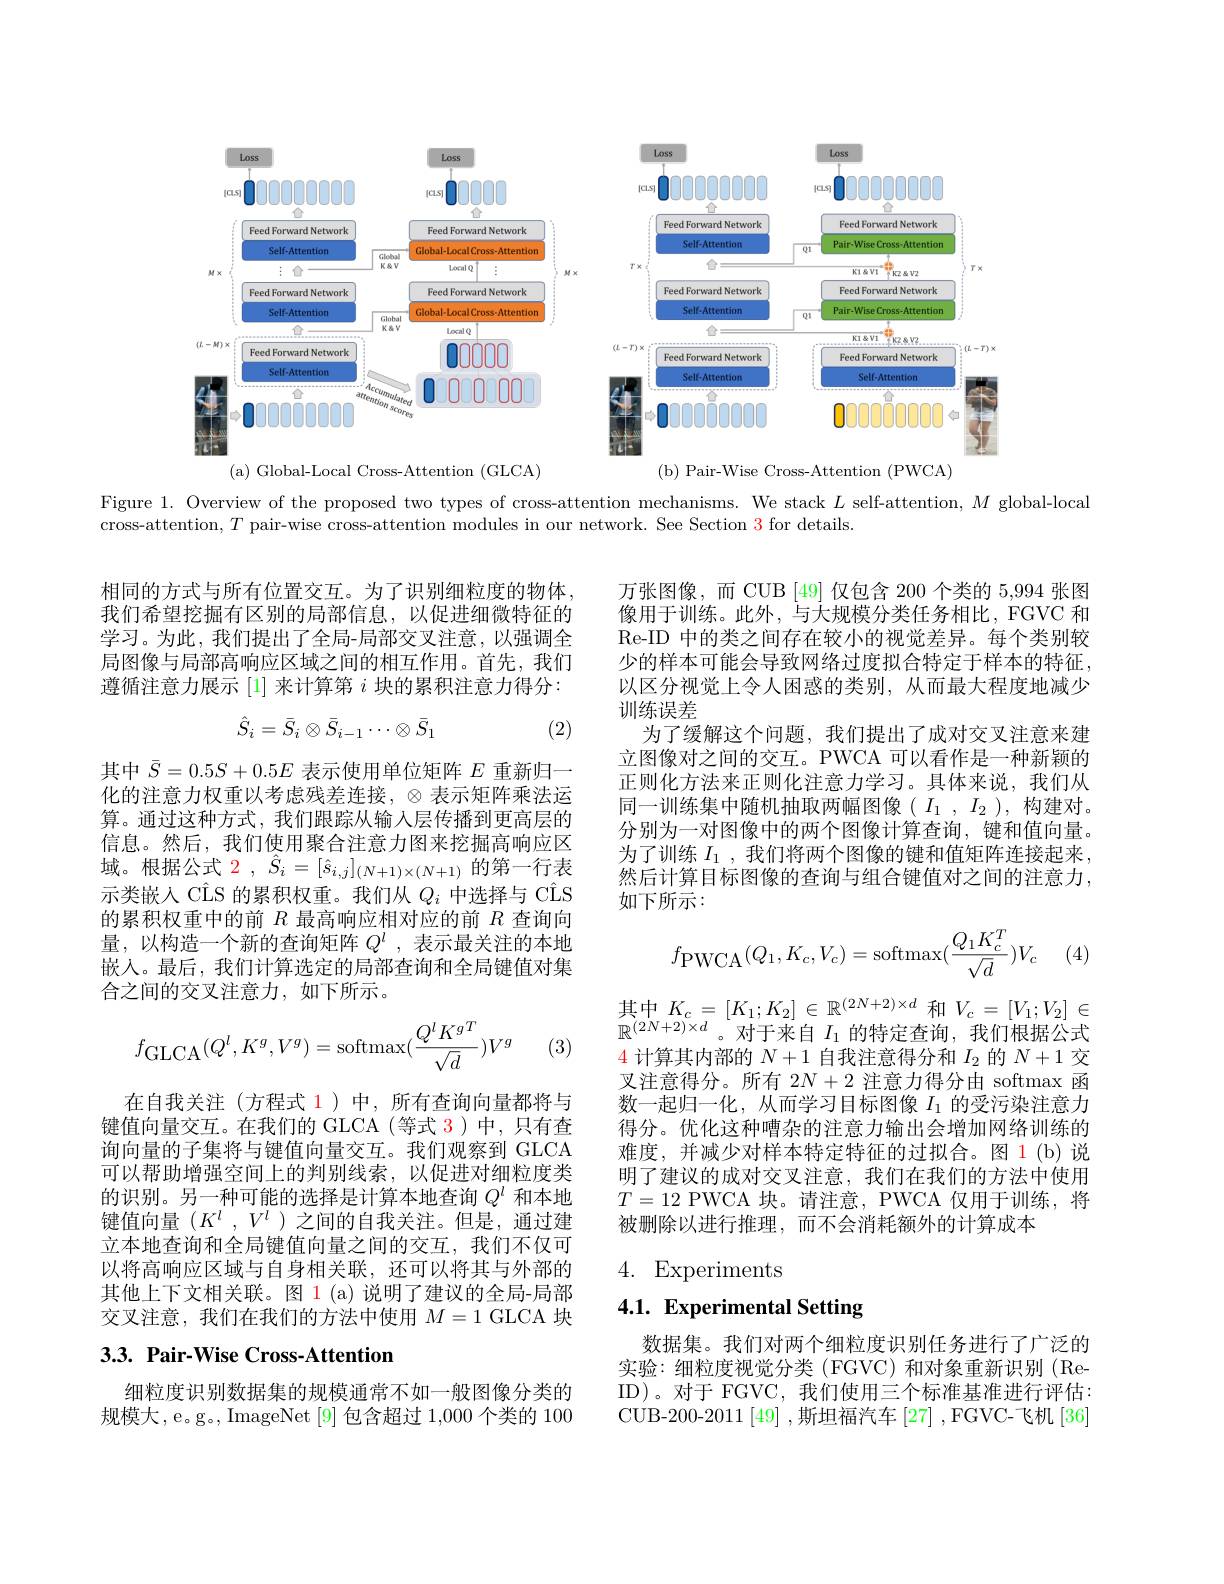
<FigureHere>

Figure 1. Overview of the proposed two types of cross-attention mechanisms. We stack $L$ self-attention, $M$ global-local
cross-attention, $T$ pair-wise cross-attention modules in our network. See Section 3 for details.

相同的方式与所有位置交互。为了识别细粒度的物体我们希望挖掘有区别的局部信息，以促进细微特征的学习。为此，我们提出了全局-局部交叉注意，以强调全局图像与局部高响应区域之间的相互作用。首先，我们遵循注意力展示[1]来计算第$i$块的累积注意力得分：
$$\hat{S}_i=\bar{S}_i\otimes\bar{S}_{i-1}\cdots\otimes\bar{S}_1$$
(2)

万张图像，而 CUB [49] 仅包含 200 个类的 5,994 张图像用于训练。此外，与大规模分类任务相比，FGVC 和Re-ID 中的类之间存在较小的视觉差异。每个类别较少的样本可能会导致网络过度拟合特定于样本的特征， 以区分视觉上令人困惑的类别，从而最大程度地减少训练误差
为了缓解这个问题，我们提出了成对交叉注意来建立图像对之间的交互。PWCA 可以看作是一种新颖的正则化方法来正则化注意力学习。具体来说，我们从同一训练集中随机抽取两幅图像( $I_1,I_2)$,构建对。分别为一对图像中的两个图像计算查询，键和值向量。为了训练$I_1$ ,我们将两个图像的键和值矩阵连接起来， 然后计算目标图像的查询与组合键值对之间的注意力， 如下所示：

其中$\bar{S}=0.5S+0.5E$表示使用单位矩阵$E$重新归一化的注意力权重以考虑残差连接，$\otimes$表示矩阵乘法运算。通过这种方式，我们跟踪从输入层传播到更高层的信息。然后，我们使用聚合注意力图来挖掘高响应区域。根据公式2，$\hat{S} _i= [ \hat{s} _{i, j}] _{( N+ 1) \times ( N+ 1) }$的第一行表示类嵌入 CÎS 的累积权重。我们从$Q_i$中选择与 CÎS 的累积权重中的前$R$最高响应相对应的前$R$查询向量，以构造一个新的查询矩阵$Q^l$ ,表示最关注的本地嵌入。最后，我们计算选定的局部查询和全局键值对集合之间的交叉注意力，如下所示。

(4)
$$f_{\text{PWCA}}(Q_1,K_c,V_c)=\text{softmax}(\frac{Q_1K_c^T}{\sqrt{d}})V_c$$
$$f_{\mathrm{GLCA}}(Q^l,K^g,V^g)=\mathrm{softmax}(\frac{Q^lK^{gT}}{\sqrt{d}})V^g$$
(3)
在自我关注(方程式 1)中，所有查询向量都将与键值向量交互。在我们的 GLCA(等式 3)中，只有查询向量的子集将与键值向量交互。我们观察到 GLCA 可以帮助增强空间上的判别线索，以促进对细粒度类的识别。另一种可能的选择是计算本地查询$Q^l$和本地键值向量($K^l,V^l$)之间的自我关注。但是，通过建立本地查询和全局键值向量之间的交互，我们不仅可以将高响应区域与自身相关联，还可以将其与外部的其他上下文相关联。图 1 (a) 说明了建议的全局-局部交叉注意，我们在我们的方法中使用$M=1$ GLCA 块3.3. Pair-Wise Cross-Attention

$\begin{array}{l}\text{其中}K_{c}=[K_{1};K_{2}]\in\mathbb{R}^{(2N+2)\times d}&\text{和}V_{c}=[V_{1};V_{2}]\in\\\end{array}$ 4计算其内部的$N+1$自我注意得分和$I_2$的$N+1$交叉注意得分。所有$2N+2$注意力得分由 softmax 函数一起归一化，从而学习目标图像$I_{1}$的受污染注意力得分。优化这种嘈杂的注意力输出会增加网络训练的难度，并减少对样本特定特征的过拟合。图 1(b)说明了建议的成对交叉注意，我们在我们的方法中使用$T=12$ PWCA 块。请注意，PWCA 仅用于训练，将被删除以进行推理，而不会消耗额外的计算成本

# 4. Experiments

# 4.1. Experimental Setting

数据集。我们对两个细粒度识别任务进行了广泛的实验：细粒度视觉分类(FGVC)和对象重新识别(ReID)。对于 FGVC, 我们使用三个标准基准进行评估： CUB-200-2011[49],斯坦福汽车[27],FGVC-飞机[36]

细粒度识别数据集的规模通常不如一般图像分类的规模大，e。g。, ImageNet [9]包含超过 1,000 个类的 100